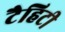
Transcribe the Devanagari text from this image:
टैहिटी